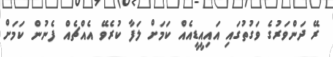
ރޭ ދަންވަރުގެ ވަގުތުގައި އައިއީޑީއެއް ކަމަށް ލަފާ ކުރެވޭ އެއްޗެއް ފެނުން ކަމަށް